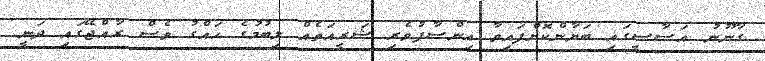
ގާނޫނު އަސާސީގައި ބަޔާންކޮށްފައިވާ އިންސާފުވެރި ޝަރީއަތެއް ލިބުމުގެ ހައްގު ވެސް ރާއްޖޭގައި ދަނީ